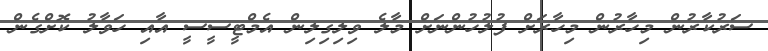
ސަރުކާރުން މިހާރުން މިހާރަށް ފުލުހުންނަށް މާލެ ވިލިގިލިން އެމްޓީސީސީ އާއި ހަވާލު ކޮށްގެން